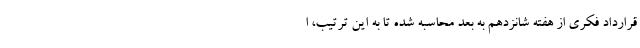
قرارداد فکری از هفته شانزدهم به بعد محاسبه شده تا به این ترتیب، ا